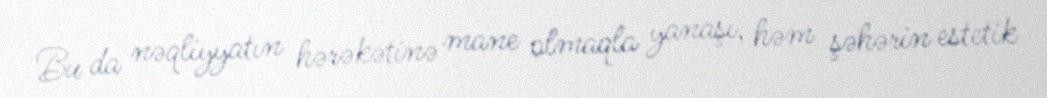
Bu da nəqliyyatın hərəkətinə mane olmaqla yanaşı, həm şəhərin estetik